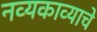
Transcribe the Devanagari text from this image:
नव्यकाव्याचे